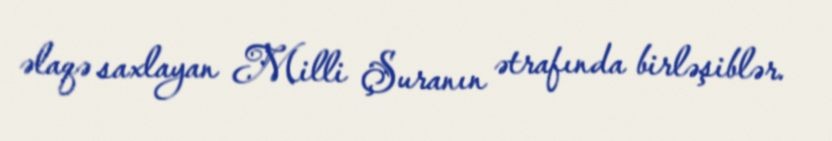
əlaqə saxlayan Milli Şuranın ətrafında birləşiblər.